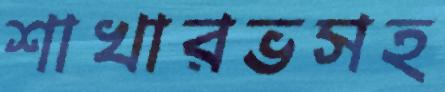
শাখারভসহ